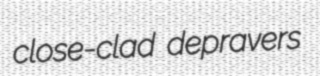
close-clad depravers